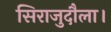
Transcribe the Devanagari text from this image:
सिराजुदौला।